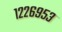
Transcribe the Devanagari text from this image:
१२२६९५३